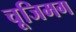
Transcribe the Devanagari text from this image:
चूजिमग